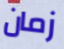
زمان